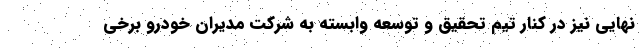
نهایی نیز در کنار تیم تحقیق و توسعه وابسته به شرکت مدیران خودرو برخی